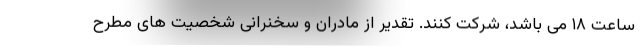
ساعت ۱۸ می باشد، شرکت کنند. تقدیر از مادران و سخنرانی شخصیت های مطرح